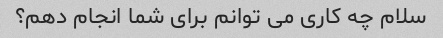
سلام چه کاری می توانم برای شما انجام دهم؟